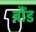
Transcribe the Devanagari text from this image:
ब्रौंड